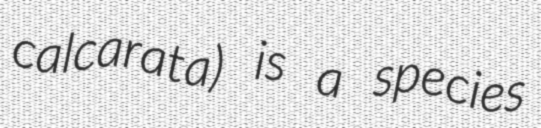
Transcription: calcarata) is a species